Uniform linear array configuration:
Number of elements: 32
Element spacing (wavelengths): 1
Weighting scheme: hann
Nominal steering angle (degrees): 15
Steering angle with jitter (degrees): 13.365
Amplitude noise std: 0.05
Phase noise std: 0.05

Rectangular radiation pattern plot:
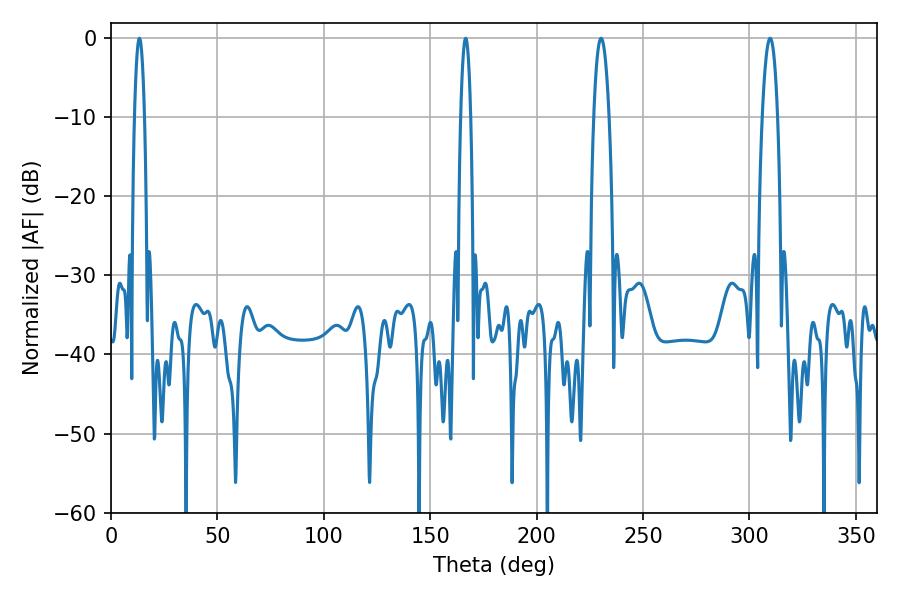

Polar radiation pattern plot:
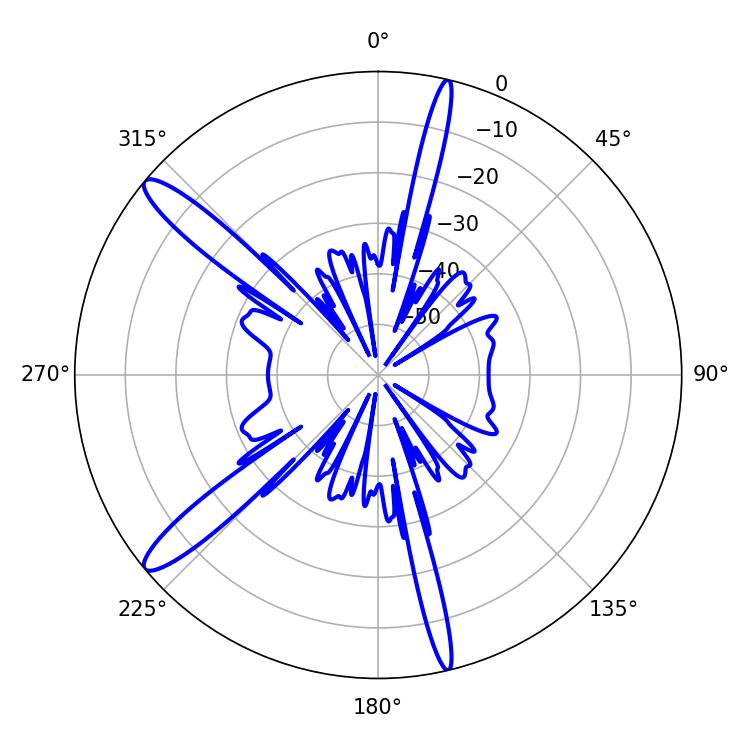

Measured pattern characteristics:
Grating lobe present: TRUE
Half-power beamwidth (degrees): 2.52
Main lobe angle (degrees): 13.32